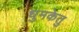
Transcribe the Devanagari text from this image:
धुमकेतु